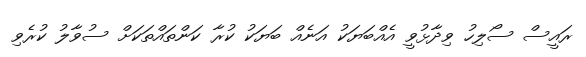
ރައީސް ސޯލިހު ވިދާޅުވީ އެއްބަޔަކު އަނެއް ބަޔަކު ކުރާ ކަންތައްތަކަށް ސުވާލު ކުރެވި